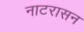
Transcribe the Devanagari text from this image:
नाटरासन